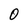
Character: 0